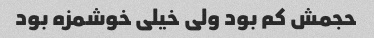
حجمش کم بود ولی خیلی خوشمزه بود